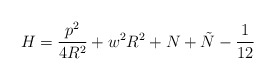
\begin{align*}H=\frac{p^{2}}{4R^{2}}+w^{2}R^{2}+N+\tilde{N}-\frac{1}{12}\end{align*}